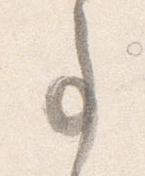
事